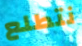
نتطلع